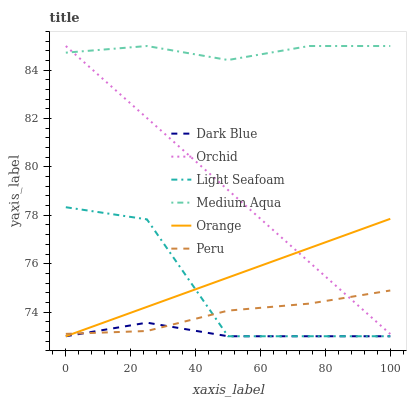
| xaxis_label | Dark Blue | Orchid | Light Seafoam | Medium Aqua | Orange | Peru |
 | --- | --- | --- | --- | --- | --- | --- |
 | 0 | 73 | 85 | 78.3 | 84.7 | 73 | 73.1 |
 | 25 | 73.6 | 82 | 77.8 | 85 | 74.2 | 73.2 |
 | 50 | 73 | 79 | 73 | 84.4 | 75.4 | 74.1 |
 | 75 | 73 | 76.1 | 73 | 85 | 76.6 | 74.3 |
 | 100 | 73 | 73.1 | 73 | 85 | 77.9 | 74.9 |